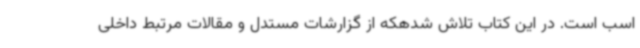
اسب است. در این کتاب تلاش شدهکه از گزارشات مستدل و مقالات مرتبط داخلی